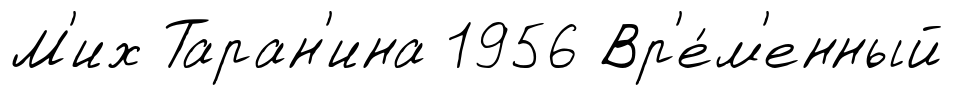
М'их Таран'ина 1956 Вр'е́м'енный